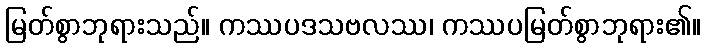
မြတ်စွာဘုရားသည်။ ကဿပဒသဗလဿ၊ ကဿပမြတ်စွာဘုရား၏။